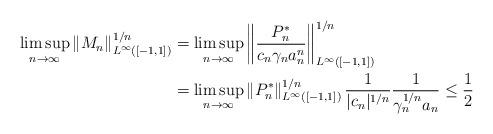
LaTeX: \begin{align*}\limsup_{n\to\infty} \left\|M_n\right\|_{L^\infty([-1,1])}^{1/n} &= \limsup_{n\to\infty} \left\|\frac{P_n^*}{c_n\gamma_na_n^n}\right\|_{L^\infty([-1,1])}^{1/n} \\ &= \limsup_{n\to\infty} \left\|P_n^*\right\|_{L^\infty([-1,1])}^{1/n} \frac{1}{|c_n|^{1/n}} \frac{1}{\gamma_n^{1/n}a_n} \le \frac{1}{2}\end{align*}